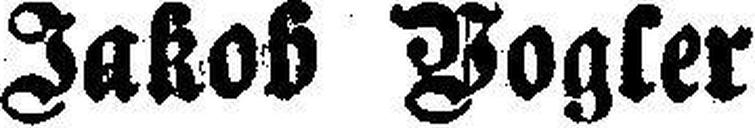
Jakob Vogler